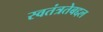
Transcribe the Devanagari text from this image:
स्वतंत्रतेबद्दल